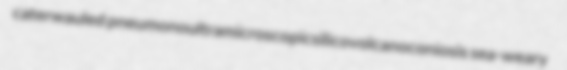
caterwauled pneumonoultramicroscopicsilicovolcanoconiosis sea-weary